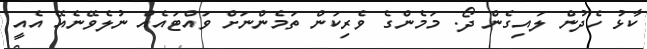
ކާޅު ހެދުން ލައިގެން ދޯ. މަމެންގެ ވެެރިކަން ތަމެންނަށް ވައްޓައެއް ނުލެވޭނެއޭ އެއީ